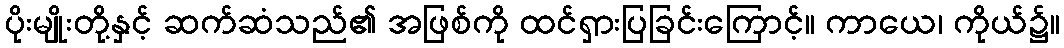
ပိုးမျိုးတို့နှင့် ဆက်ဆံသည်၏ အဖြစ်ကို ထင်ရှားပြခြင်းကြောင့်။ ကာယေ၊ ကိုယ်၌။